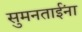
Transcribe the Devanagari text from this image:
सुमनताईंना